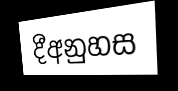
දීඅනුහස